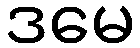
ဒမေ